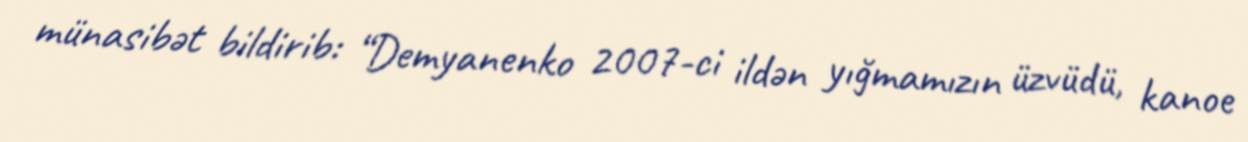
münasibət bildirib: “Demyanenko 2007-ci ildən yığmamızın üzvüdü, kanoe